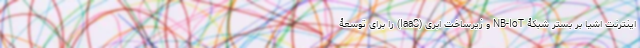
اینترنت اشیا بر بستر شبکۀ NB-IoT و زیرساخت ابری (IaaS) را برای توسعۀ